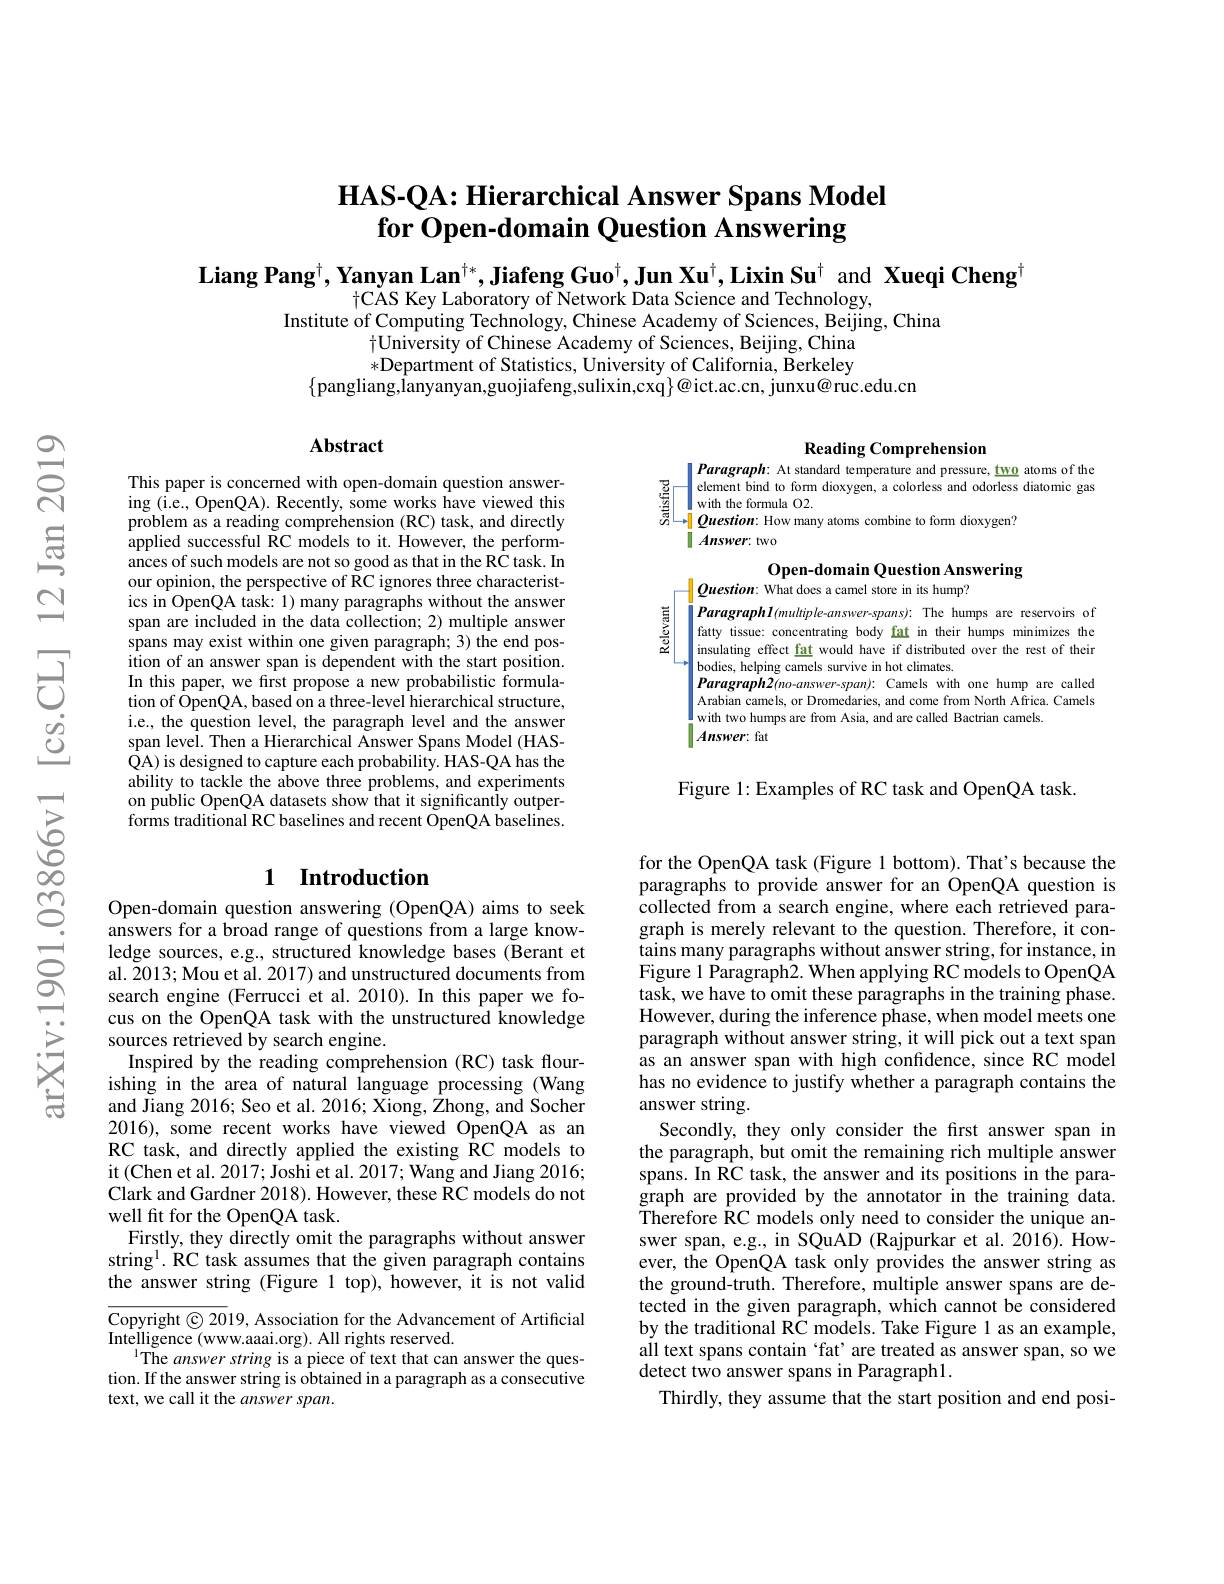
# HAS-QA: Hierarchical Answer Spans Model for Open-domain Question Answering

Liang Pang$^\dagger,\textbf{Yanyan Lan}^{\dagger*},\textbf{Jiafeng Guo}^\dagger,\textbf{Jun Xu}^\dagger,\textbf{Lixin Su}^\dagger$ and Xueqi Cheng$^\dagger$
tCAS Key Laboratory of Network Data Science and Technology,
Institute of Computing Technology, Chinese Academy of Sciences, Beijing, China
$\dagger$University of Chinese Academy of Sciences, Beijing, China *Department of Statistics, University of California, Berkeley
$\{$pangliang,lanyanyan,guojiafeng,sulixin,cxq$\}@$ict.ac.cn, junxu@ruc.edu.cn

## Abstract

### Reading Comprehension
$| \textit{Paragraph: At standard temperature and pressure, two atoms of the}$

$\frac{\frac{5}{2}}{\frac{3}{2}}$

element bind to form dioxygen, a colorless and odorless diatomic gas
$\begin{array}{c|c}\frac{3}{5}&\text{element bind to form dioxygen, a colorless and odorless}\\\text{with the formula O2.}\\\text{Di}&\text{Question: How many atoms combine to form dioxygen?}\end{array}$
$\parallel Answer:$ two

### Open-domain Question Answering
$\left|\textit{Question: What does a camel store in its hump?}\right.$

ParagraphI(multiple-answer-spans): The humps are reservoirs of fatty tissue: concentrating body fat in their humps minimizes the insulating effect fat would have if distributed over the rest of their bodies, helping camels survive in hot climates.
$Paragraph2(no-answer-span):$ Camels with one hump are called Arabian camels, or Dromedaries, and come from North Africa. Camels with two humps are from Asia, and are called Bactrian camels.
$\left|Answer:\mathrm{~fat}\right|$

Figure 1: Examples of RC task and OpenQA task.

This paper is concerned with open-domain question answering (i.e., OpenQA). Recently, some works have viewed this problem as a reading comprehension (RC) task, and directly applied successful RC models to it. However, the performances of such models are not so good as that in the RC task. In our opinion, the perspective of RC ignores three characteristics in OpenQA task: 1) many paragraphs without the answer span are included in the data collection; 2) multiple answer spans may exist within one given paragraph; 3) the end position of an answer span is dependent with the start position. In this paper, we first propose a new probabilistic formulation of OpenQA, based on a three-level hierarchical structure, i.e., the question level, the paragraph level and the answer span levei. Then a Hierarchical Answer Spans Model (HASQA) is designed to capture each probability. HAS-QA has the ability to tackle the above three problems, and experiments on public OpenQA datasets show that it significantly outperforms traditional RC baselines and recent OpenQA baselines.

## 1 Introduction

Open-domain question answering (OpenQA) aims to seek answers for a broad range of questions from a large knowledge sources, e.g., structured knowledge bases (Berant et al. ŽO13; Mou et al. 2017) and unstructured documents from search engine (Ferrucci et al.2010).In this paper we focus on the OpenQA task with the unstructured knowledge sources retrieved by search engine.
Inspired by the reading comprehension (RC) task flourishing in the area of natural language processing (Wang and Jiang 2016; Seo et al. 2016; Xiong, Zhong, and Socher 2016), some recent works have viewed OpenQA as an RC task, and directly applied the existing RC models to it(Chen et al. 2017; Joshi et al. 2017; Wang and Jiang 2016; Clark and Gardner 2018). However, these RC models do not well ft for the OpenQA task.
Firstly, they directly omit the paragraphs without answer string$^{\mathrm{l}}.$ RC task assumes that the given paragraph contains the answer string (Figure 1 top), however, it is not valid

Copyright © 2019, Association for the Advancement of Artificial
Intelligence (www.aaai.org). All rights reserved.
The answer string is a piece of text that can answer the question. If the answer string is obtained in a paragraph as a consecutive text, we call it the $answerspan.$

for the OpenQA task (Figure 1 bottom). That's because the paragraphs to provide answer for an OpenQA question is collected from a search engine, where each retrieved paragraph is merely relevant to the question. Therefore, it contains many paragraphs without answer string, for instance, in Figure 1 Paragraph2. When applying RC models to OpenQA task, we have to omit these paragraphs in the training phase. However, during the inference phase, when model meets one paragraph without answer string, it will pick out a text span as an answer span with high confidence, since RC model has no evidence to justify whether a paragraph contains the answer string.
Secondly, they only consider the first answer span in the paragraph, but omit the remaining rich multiple answer spans. In RC task, the answer and its positions in the paragraph are provided by the annotator in the training data. $\tilde{\text{Therefore RC models only need to consider the unique an-}}$ swer span, e.g., in SQuAD (Rajpurkar et al. 2016). However, the OpenQA task only provides the answer string as the ground-truth. Therefore, multiple answer spans are detected in the given paragraph, which cannot be considered by the traditional RC models. Take Figure 1 as an example, all text spans contain ‘fat’are treated as answer span, so we detect two answer spans in Paragraph1.
Thirdly, they assume that the start position and end posi-